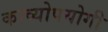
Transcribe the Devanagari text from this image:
काव्योपयोगी